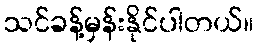
သင်ခန့်မှန်းနိုင်ပါတယ်။